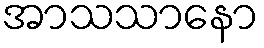
အာသသာနော